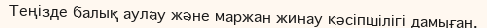
Теңізде балық аулау және маржан жинау кәсіпшілігі дамыған.